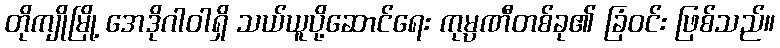
တိုကျိုမြို့ အေဒိုဂါဝါရှိ သယ်ယူပို့ဆောင်ရေး ကုမ္ပဏီတစ်ခု၏ ခြံဝင်း ဖြစ်သည်။